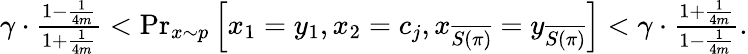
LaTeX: \begin{array}{r}{\gamma\cdot\frac{1-\frac{1}{4m}}{1+\frac{1}{4m}}<\operatorname*{Pr}_{x\sim p}\left[x_{1}=y_{1},x_{2}=c_{j},x_{\overline{{S(\pi)}}}=y_{\overline{{S(\pi)}}}\right]<\gamma\cdot\frac{1+\frac{1}{4m}}{1-\frac{1}{4m}}.}\end{array}